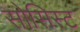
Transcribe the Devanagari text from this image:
सोसिस्ट